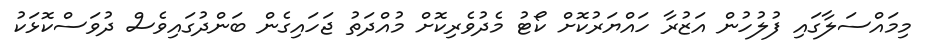
މިމައްސަލާގައި ފުލުހުން އަޒުރާ ހައްޔަރުކޮށް ކޯޓު މެދުވެރިކޮށް މުއްދަތު ޖަހައިގެން ބަންދުގައިވެސް ދުވަސްކޮޅަކު